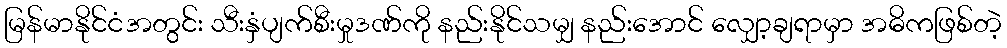
မြန်မာနိုင်ငံအတွင်း သီးနှံပျက်စီးမှုဒဏ်ကို နည်းနိုင်သမျှ နည်းအောင် လျှော့ချရာမှာ အဓိကဖြစ်တဲ့